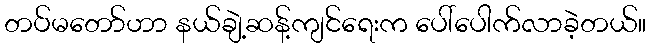
တပ်မတော်ဟာ နယ်ချဲ့ဆန့်ကျင်ရေးက ပေါ်ပေါက်လာခဲ့တယ်။